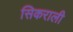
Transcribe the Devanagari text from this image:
सिकराली